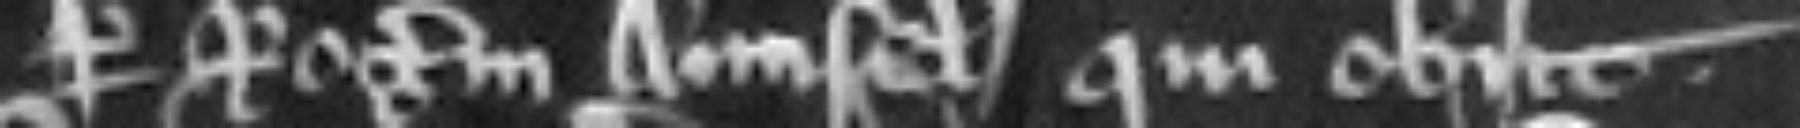
per Rogerum Aunsel. qui obit.